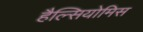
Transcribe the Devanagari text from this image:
हैल्सियोमिस